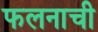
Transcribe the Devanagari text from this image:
फलनाची